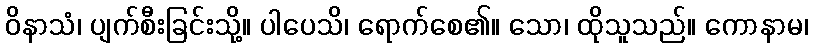
ဝိနာသံ၊ ပျက်စီးခြင်းသို့။ ပါပေသိ၊ ရောက်စေ၏။ သော၊ ထိုသူသည်။ ကောနာမ၊